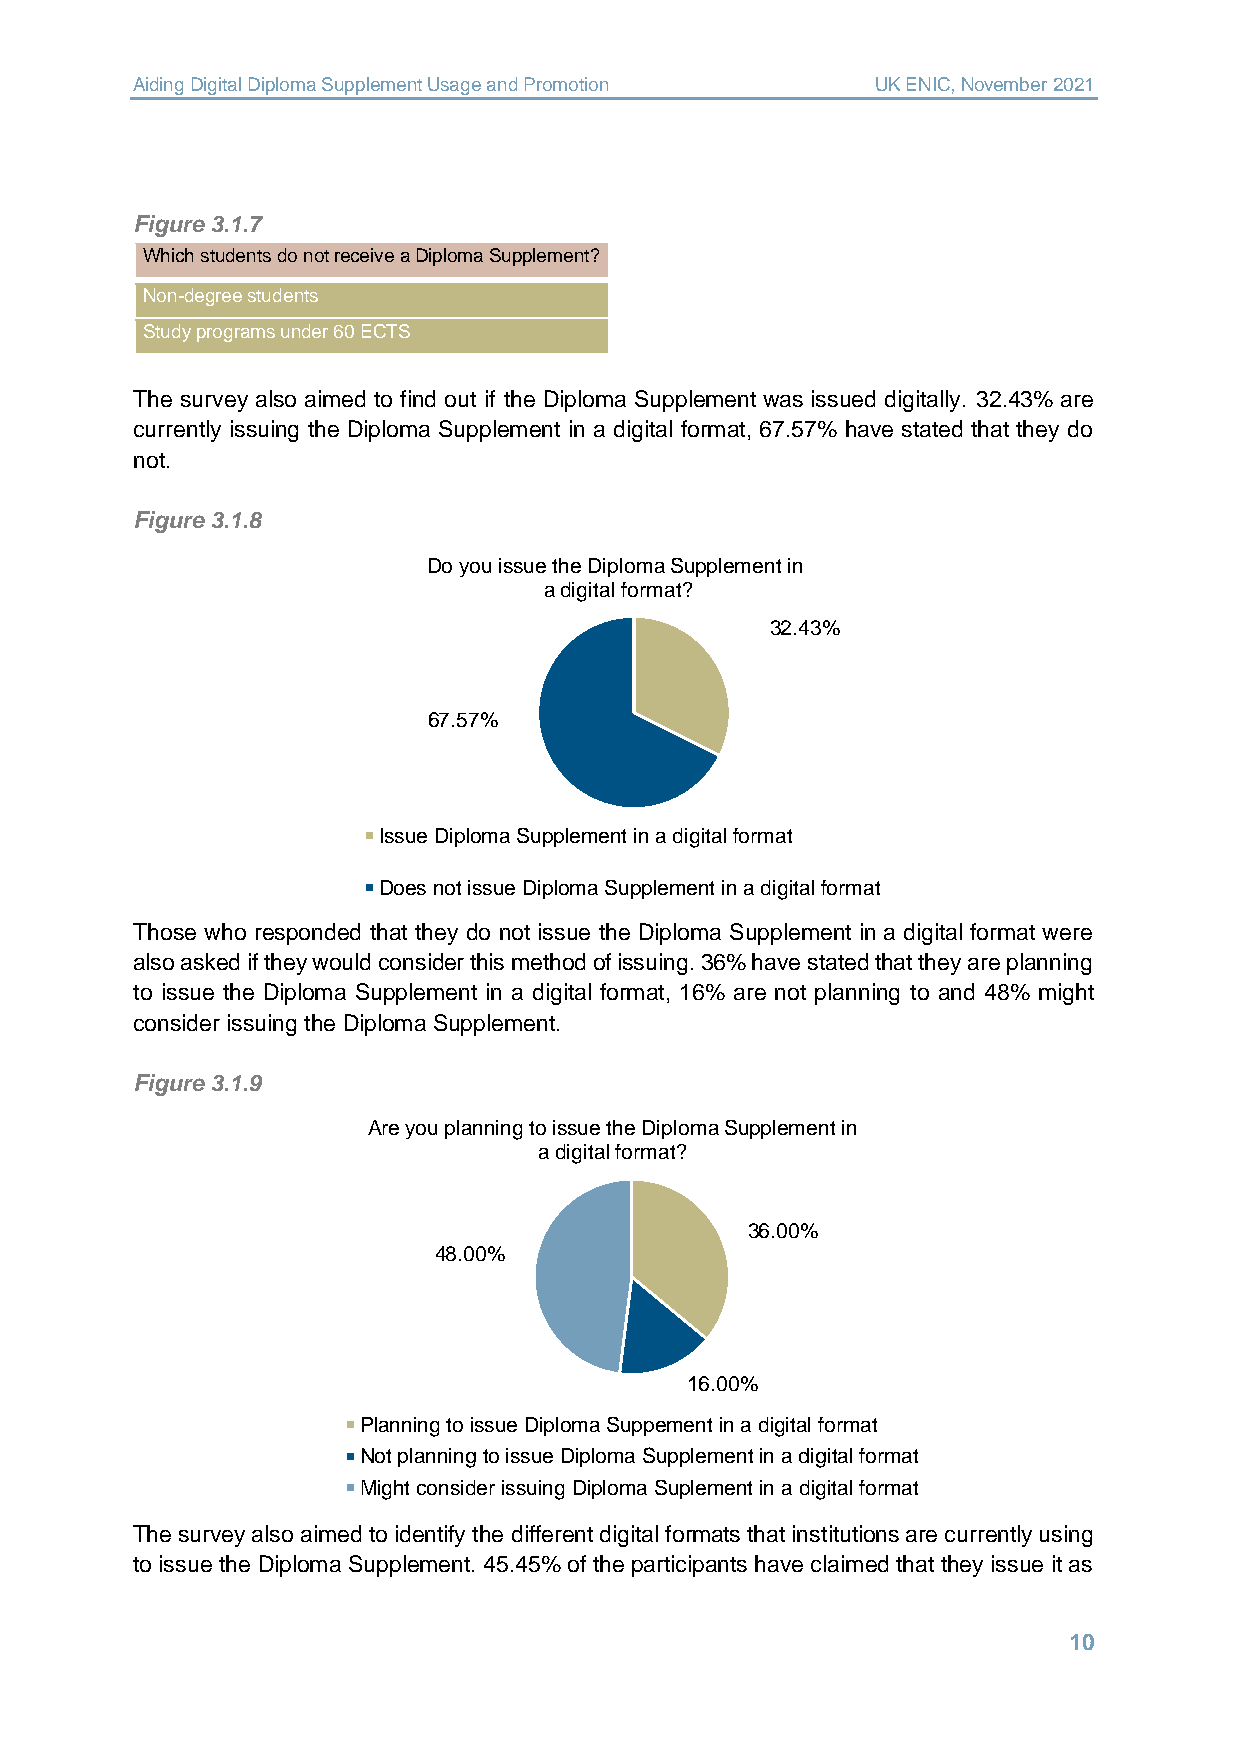
Aiding Digital Diploma Supplement Usage and Promotion UK ENIC, November 2021
 Figure 3.1.7
 Which students do not receive a Diploma Supplement?
 Non-degree students
 Study programs under 60 ECTS
 The survey also aimed to find out if the Diploma Supplement was issued digitally. 32.43% are
 currently issuing the Diploma Supplement in a digital format, 67.57% have stated that they do
 not.
 Figure 3.1.8
 Do you issue the Diploma Supplement in
 a digital format?
 32.43%
 67.57%
 Issue Diploma Supplement in a digital format
 Does not issue Diploma Supplement in a digital format
 Those who responded that they do not issue the Diploma Supplement in a digital format were
 also asked if they would consider this method of issuing. 36% have stated that they are planning
 to issue the Diploma Supplement in a digital format, 16% are not planning to and 48% might
 consider issuing the Diploma Supplement.
 Figure 3.1.9
 Are you planning to issue the Diploma Supplement in
 a digital format?
 36.00%
 48.00%
 16.00%
 Planning to issue Diploma Suppement in a digital format
 Not planning to issue Diploma Supplement in a digital format
 Might consider issuing Diploma Suplement in a digital format
 The survey also aimed to identify the different digital formats that institutions are currently using
 to issue the Diploma Supplement. 45.45% of the participants have claimed that they issue it as
 10